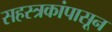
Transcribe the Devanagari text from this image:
सहस्त्रकांपासून